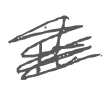
Text: it
Cross-out: scratch
Writing tool: digital_gray